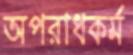
অপরাধকর্ম